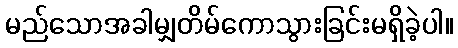
မည်သောအခါမျှတိမ်ကောသွားခြင်းမရှိခဲ့ပါ။